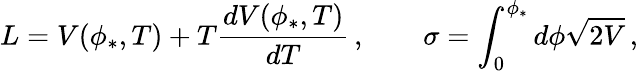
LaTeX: L=V(\phi_{*},T)+T\frac{dV(\phi_{*},T)}{dT}\, ,\qquad\sigma=\int_{0}^{\phi_{*}}d\phi\sqrt{2V}\, ,